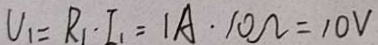
U _ { 1 } = R _ { 1 } \cdot I _ { 1 } = 1 A \cdot 1 0 \Omega = 1 0 V